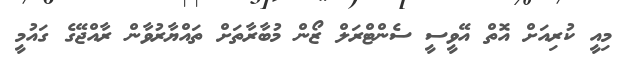
މިއީ ކުރިއަށް އޮތް އޭވީސީ ސެންޓްރަލް ޒޯން މުބާރާތަށް ތައްޔާރުވާން ރާއްޖޭގެ ގައުމީ